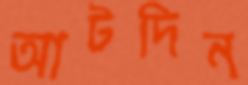
আটদিন